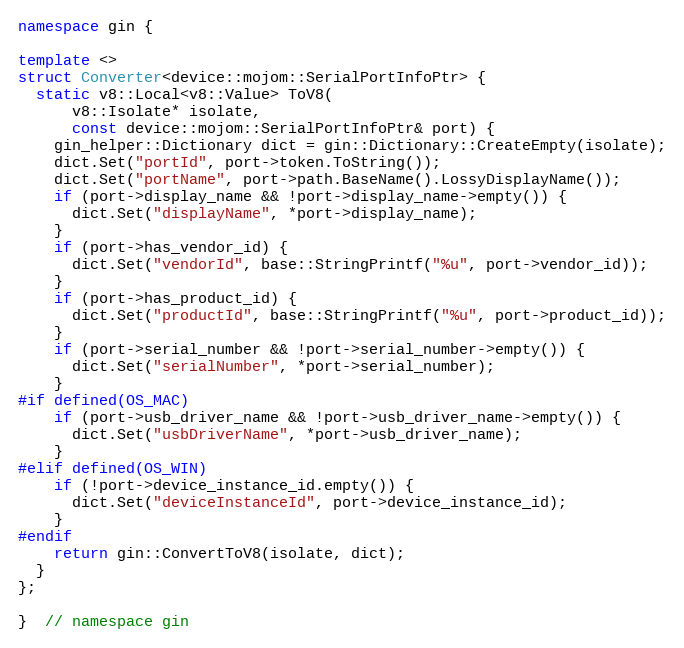
Language: C++
namespace gin {

template <>
struct Converter<device::mojom::SerialPortInfoPtr> {
  static v8::Local<v8::Value> ToV8(
      v8::Isolate* isolate,
      const device::mojom::SerialPortInfoPtr& port) {
    gin_helper::Dictionary dict = gin::Dictionary::CreateEmpty(isolate);
    dict.Set("portId", port->token.ToString());
    dict.Set("portName", port->path.BaseName().LossyDisplayName());
    if (port->display_name && !port->display_name->empty()) {
      dict.Set("displayName", *port->display_name);
    }
    if (port->has_vendor_id) {
      dict.Set("vendorId", base::StringPrintf("%u", port->vendor_id));
    }
    if (port->has_product_id) {
      dict.Set("productId", base::StringPrintf("%u", port->product_id));
    }
    if (port->serial_number && !port->serial_number->empty()) {
      dict.Set("serialNumber", *port->serial_number);
    }
#if defined(OS_MAC)
    if (port->usb_driver_name && !port->usb_driver_name->empty()) {
      dict.Set("usbDriverName", *port->usb_driver_name);
    }
#elif defined(OS_WIN)
    if (!port->device_instance_id.empty()) {
      dict.Set("deviceInstanceId", port->device_instance_id);
    }
#endif
    return gin::ConvertToV8(isolate, dict);
  }
};

}  // namespace gin